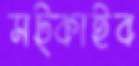
সট্‌কাইব